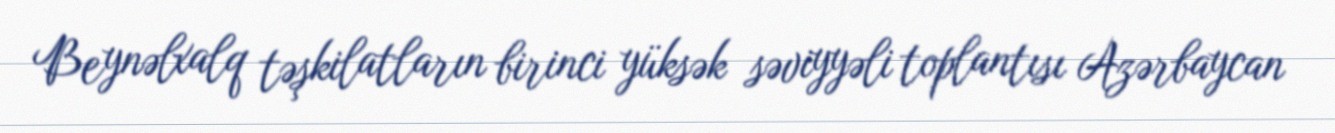
Beynəlxalq təşkilatların birinci yüksək səviyyəli toplantısı Azərbaycan